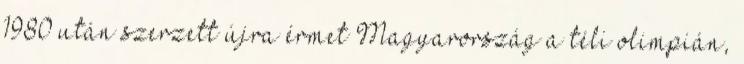
1980 után szerzett újra érmet Magyarország a téli olimpián,